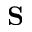
\mathbf { S }